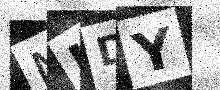
Text: MKDY